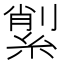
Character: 𦂗